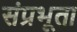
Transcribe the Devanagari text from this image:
संप्रभूता